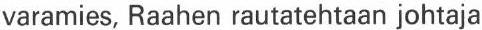
varamies, Raahen rautatehtaan johtaja